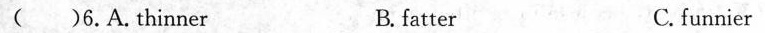
( )6.A.Thinner B.fatter C. funnier